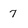
Character: 7